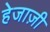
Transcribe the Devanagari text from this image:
हेजाज़ी